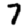
Digit: 7